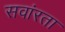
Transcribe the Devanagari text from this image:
सवांरता